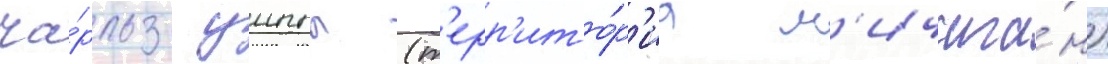
ча́рльз уиппл (т'ерр'ито́р'иа м'ичига́н)